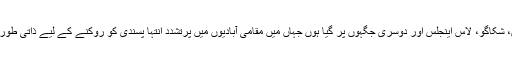
میں نیو یارک، بوسٹن، منیاپولیس، شکاگو، لاس اینجلس اور دوسری جگہوں پر گیا ہوں جہاں میں مقامی آبادیوں میں پرتشدد انتہا پسندی کو روکنے کے لیے ذاتی طور پر مقامی رہنماؤں سے ملا ہوں۔